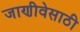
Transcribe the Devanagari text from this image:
जाणीवेसाठी